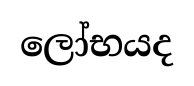
ලෝභයද